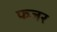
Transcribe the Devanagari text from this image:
फजर